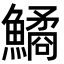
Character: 鱊